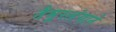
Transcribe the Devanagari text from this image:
तैमूरलंगाने